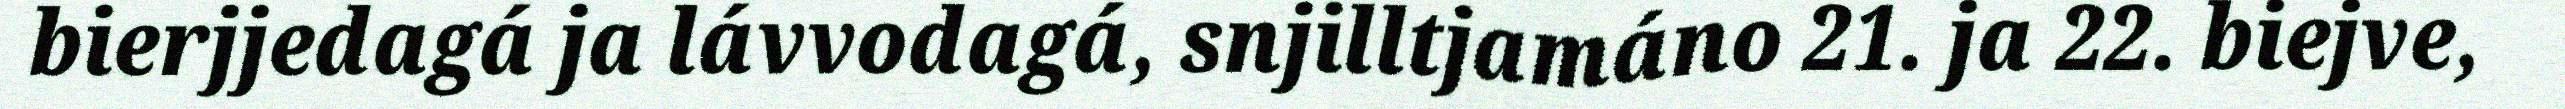
bierjjedagá ja lávvodagá, snjilltjamáno 21. ja 22. biejve,